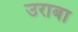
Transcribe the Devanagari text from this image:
उराबा